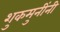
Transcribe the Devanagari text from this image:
शुकमुनींनी